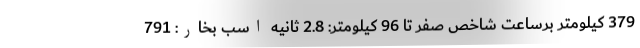
379 کیلومتر برساعت شاخص صفر تا 96 کیلومتر: 2.8 ثانیه اسب بخار: 791